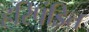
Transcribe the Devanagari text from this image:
हरिपंडित